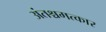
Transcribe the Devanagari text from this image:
अंतश्चमत्कार